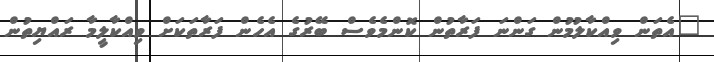
"އެތަން ވިއްކާލުމުން ގަންނަ ފަރާތުން ކޮންމެވެސް ބޭރުގެ އެހެން ފަރާތަކަށް ވިއްކާލީމާ ރައްޔިތުން